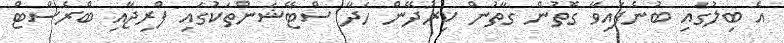
އެ ބިލުގައި ބުނެފައިވާ ގޮތުން ގާތުން ކިރުދޭން ހަދާ ސްޓޭޝަންތަކުގައި ފްރިޖާއި ބްރެސްޓް